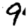
Digit: 9